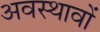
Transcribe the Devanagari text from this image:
अवस्थावों